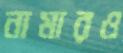
নামারও